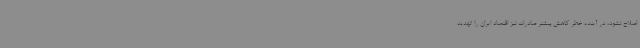
اصلاح نشود، در آینده خطر کاهش بیشتر صادرات نیز اقتصاد ایران را تهدید